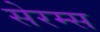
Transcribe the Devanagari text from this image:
सेरम्स